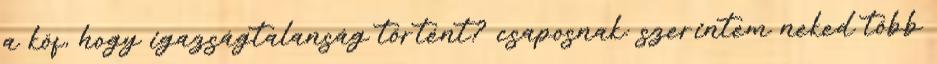
a köf, hogy igazságtalanság történt? csaposnak: szerintem neked több